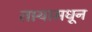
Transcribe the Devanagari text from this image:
तार्‍यामधून